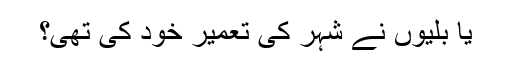
یا بلّیوں نے شہر کی تعمیر خود کی تھی؟